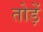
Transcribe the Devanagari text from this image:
तोड़ें